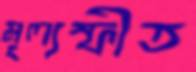
মূল্যস্ফীত